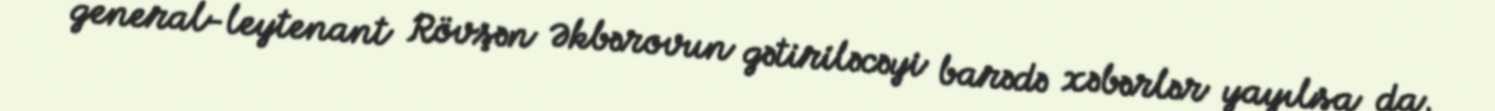
general-leytenant Rövşən Əkbərovun gətiriləcəyi barədə xəbərlər yayılsa da,